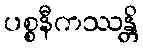
ပစ္စနီကဿန္တိ